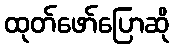
ထုတ်ဖော်ပြောဆို